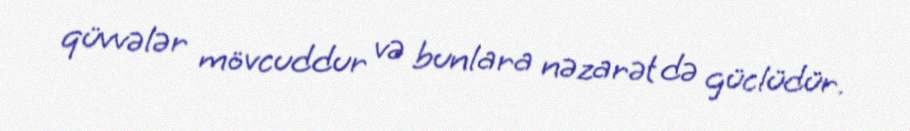
qüvvələr mövcuddur və bunlara nəzarət də güclüdür.